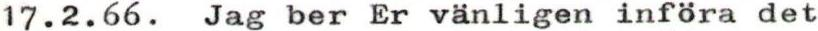
17.2.66. Jag ber Er vänligen införa det